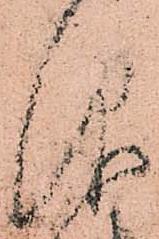
仰